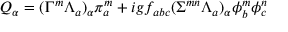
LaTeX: Q _ { \alpha } = ( \Gamma ^ { m } \Lambda _ { a } ) _ { \alpha } \pi _ { a } ^ { m } + i g f _ { a b c } ( \Sigma ^ { m n } \Lambda _ { a } ) _ { \alpha } \phi _ { b } ^ { m } \phi _ { c } ^ { n }